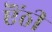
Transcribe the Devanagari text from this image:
ऎंठी